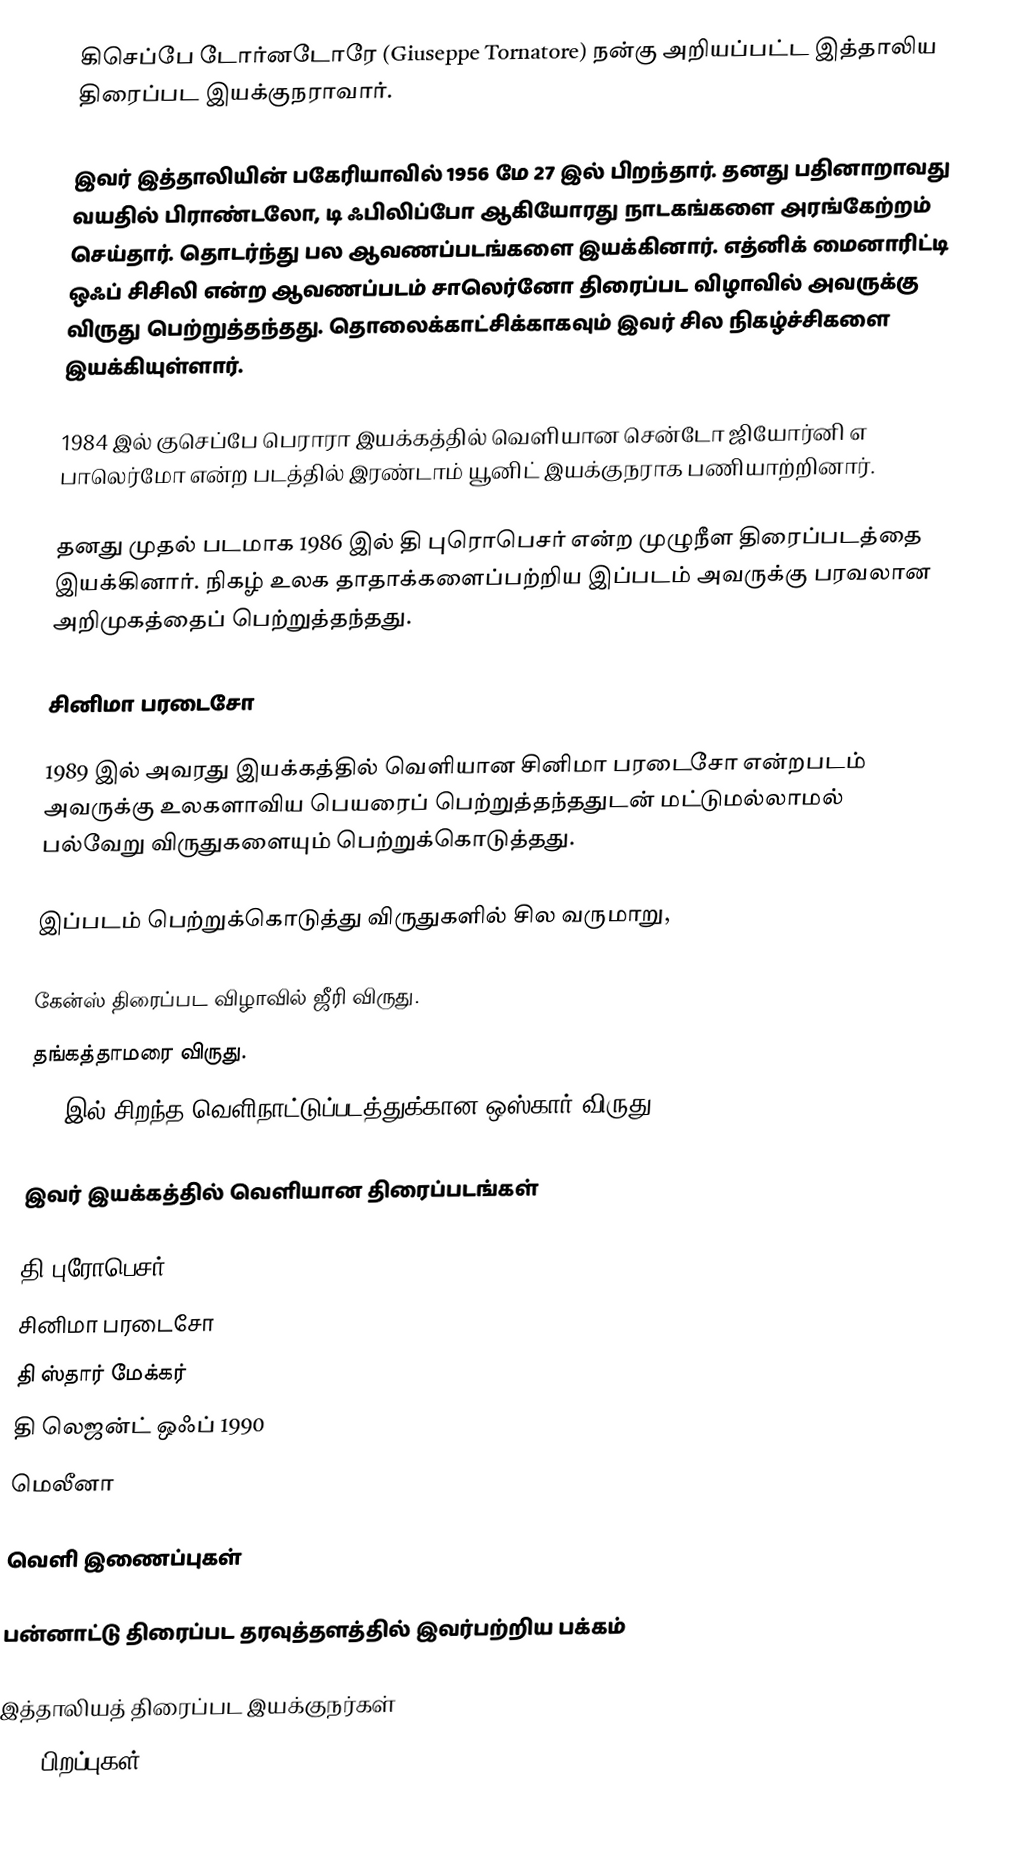
கிசெப்பே டோர்னடோரே (Giuseppe Tornatore) நன்கு அறியப்பட்ட இத்தாலிய திரைப்பட இயக்குநராவார்.

இவர் இத்தாலியின் பகேரியாவில் 1956 மே 27 இல் பிறந்தார். தனது பதினாறாவது வயதில் பிராண்டலோ, டி ஃபிலிப்போ ஆகியோரது நாடகங்களை அரங்கேற்றம் செய்தார். தொடர்ந்து பல ஆவணப்படங்களை இயக்கினார். எத்னிக் மைனாரிட்டி ஒஃப் சிசிலி என்ற ஆவணப்படம் சாலெர்னோ திரைப்பட விழாவில் அவருக்கு விருது பெற்றுத்தந்தது. தொலைக்காட்சிக்காகவும் இவர் சில நிகழ்ச்சிகளை இயக்கியுள்ளார்.

1984 இல் குசெப்பே பெராரா இயக்கத்தில் வெளியான சென்டோ ஜியோர்னி எ பாலெர்மோ என்ற படத்தில் இரண்டாம் யூனிட் இயக்குநராக பணியாற்றினார்.

தனது முதல் படமாக 1986 இல் தி புரொபெசர் என்ற முழுநீள திரைப்படத்தை இயக்கினார். நிகழ் உலக தாதாக்களைப்பற்றிய இப்படம் அவருக்கு பரவலான அறிமுகத்தைப் பெற்றுத்தந்தது.

சினிமா பரடைசோ

1989 இல் அவரது இயக்கத்தில் வெளியான சினிமா பரடைசோ என்றபடம் அவருக்கு உலகளாவிய பெயரைப் பெற்றுத்தந்ததுடன் மட்டுமல்லாமல் பல்வேறு விருதுகளையும் பெற்றுக்கொடுத்தது.

இப்படம் பெற்றுக்கொடுத்து விருதுகளில் சில வருமாறு,

 கேன்ஸ் திரைப்பட விழாவில் ஜீரி விருது.
 தங்கத்தாமரை விருது.
 1990இல் சிறந்த வெளிநாட்டுப்படத்துக்கான ஒஸ்கார் விருது.

இவர் இயக்கத்தில் வெளியான திரைப்படங்கள்

 தி புரோபெசர்
 சினிமா பரடைசோ
 தி ஸ்தார் மேக்கர்
 தி லெஜன்ட் ஒஃப் 1990
 மெலீனா

வெளி இணைப்புகள்

 பன்னாட்டு திரைப்பட தரவுத்தளத்தில் இவர்பற்றிய பக்கம்

இத்தாலியத் திரைப்பட இயக்குநர்கள்
1956 பிறப்புகள்